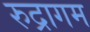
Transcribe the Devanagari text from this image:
रुद्रागम